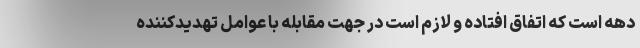
دهه است که اتفاق افتاده و لازم است در جهت مقابله با عوامل تهدیدکننده